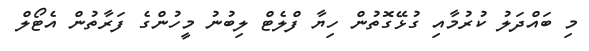
މި ބައްދަލު ކުރުމާއި ގުޅޭގޮތުން ހިޔާ ފްލެޓް ލިބުނު މީހުންގެ ފަރާތުން އެޓޯލް